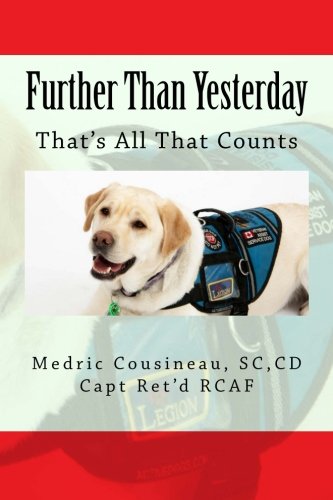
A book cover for Further Than Yesterday: That's All That Counts; CD, Mr Medric "Cous" Cousineau SC; Biographies & Memoirs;